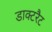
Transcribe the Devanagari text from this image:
डाक्टरैट